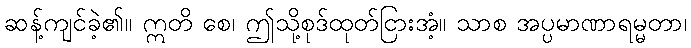
ဆန့်ကျင်ခဲ့၏။ ဣတိ စေ၊ ဤသို့စုဒ်ထုတ်ငြားအံ့။ သာစ အပ္ပမာဏာရမ္မတာ၊